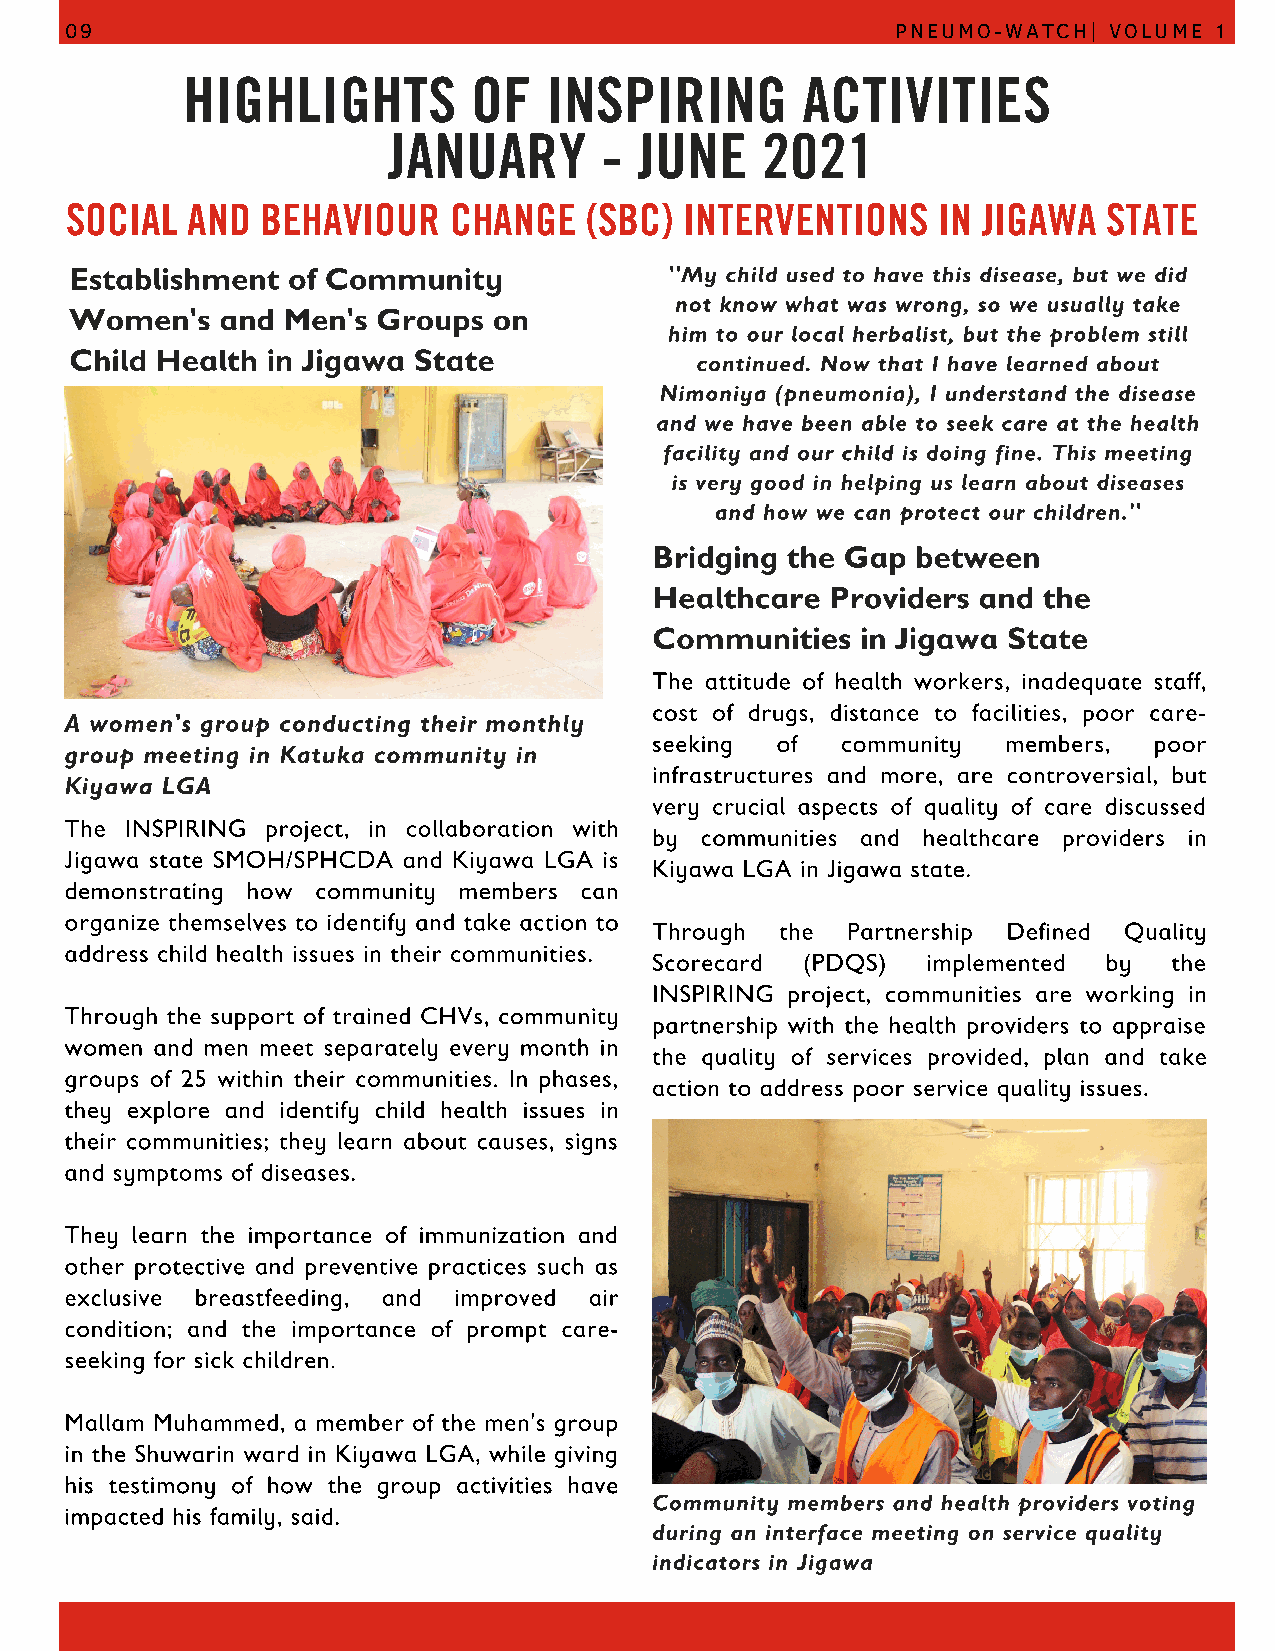
09                                                     PNEUMO-WATCH| VOLUME 1
 HIGHLIGHTS         OF   INSPIRING        ACTIVITIES
 JANUARY       - JUNE    2021
 SOCIAL  AND  BEHAVIOUR    CHANGE   (SBC) INTERVENTIONS    IN JIGAWA  STATE
 Establishment of Community             ''My child used to have this disease, but we did
 not know what was wrong, so we usually take
 Women's   and Men's Groups  on
 him to our local herbalist, but the problem still
 Child Health in Jigawa State
 continued. Now that I have learned about
 Nimoniya (pneumonia), I understand the disease
 and we have been able to seek care at the health
 facility and our child is doing fine. This meeting
 is very good in helping us learn about diseases
 and how we can protect our children.''
 Bridging the Gap  between
 Healthcare  Providers and the
 Communities   in Jigawa State
 The attitude of health workers, inadequate staff,
 cost of drugs, distance to facilities, poor care-
 A women's group conducting their monthly
 seeking of   community  members, poor
 group meeting in Katuka community in
 infrastructures and more, are controversial, but
 Kiyawa LGA
 very crucial aspects of quality of care discussed
 The INSPIRING project, in collaboration with
 by communities and healthcare providers in
 Jigawa state SMOH/SPHCDA and Kiyawa LGA is
 Kiyawa LGA in Jigawa state.
 demonstrating how community members can
 organize themselves to identify and take action to
 Through  the Partnership Defined Quality
 address child health issues in their communities.
 Scorecard (PDQS)  implemented by   the
 INSPIRING project, communities are working in
 Through the support of trained CHVs, community
 partnership with the health providers to appraise
 women and men meet separately every month in
 the quality of services provided, plan and take
 groups of 25 within their communities. In phases,
 action to address poor service quality issues.
 they explore and identify child health issues in
 their communities; they learn about causes, signs
 and symptoms of diseases.
 They learn the importance of immunization and
 other protective and preventive practices such as
 exclusive breastfeeding, and improved air
 condition; and the importance of prompt care-
 seeking for sick children.
 Mallam Muhammed, a member of the men's group
 in the Shuwarin ward in Kiyawa LGA, while giving
 his testimony of how the group activities have
 Community members and health providers voting
 impacted his family, said.
 during an interface meeting on service quality
 indicators in Jigawa